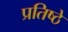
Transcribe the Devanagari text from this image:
प्रतिष्ठे